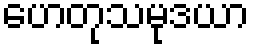
ဟေတုသမုဒယာ